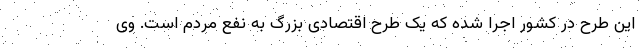
این طرح در کشور اجرا شده که یک طرح اقتصادی بزرگ به نفع مردم است. وی